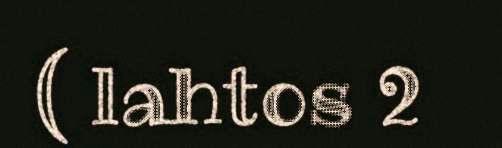
( lahtos 2